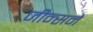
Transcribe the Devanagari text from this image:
जीन्सने